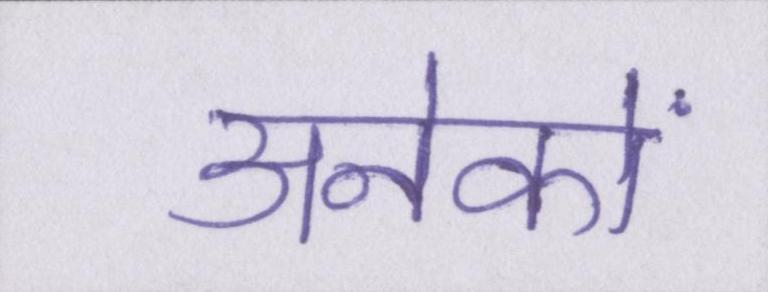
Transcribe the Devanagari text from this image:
अनेकों